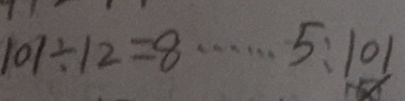
1 0 7 \div 1 2 = 8 \cdots 5 : 1 0 1